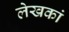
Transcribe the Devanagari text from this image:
लेखकां